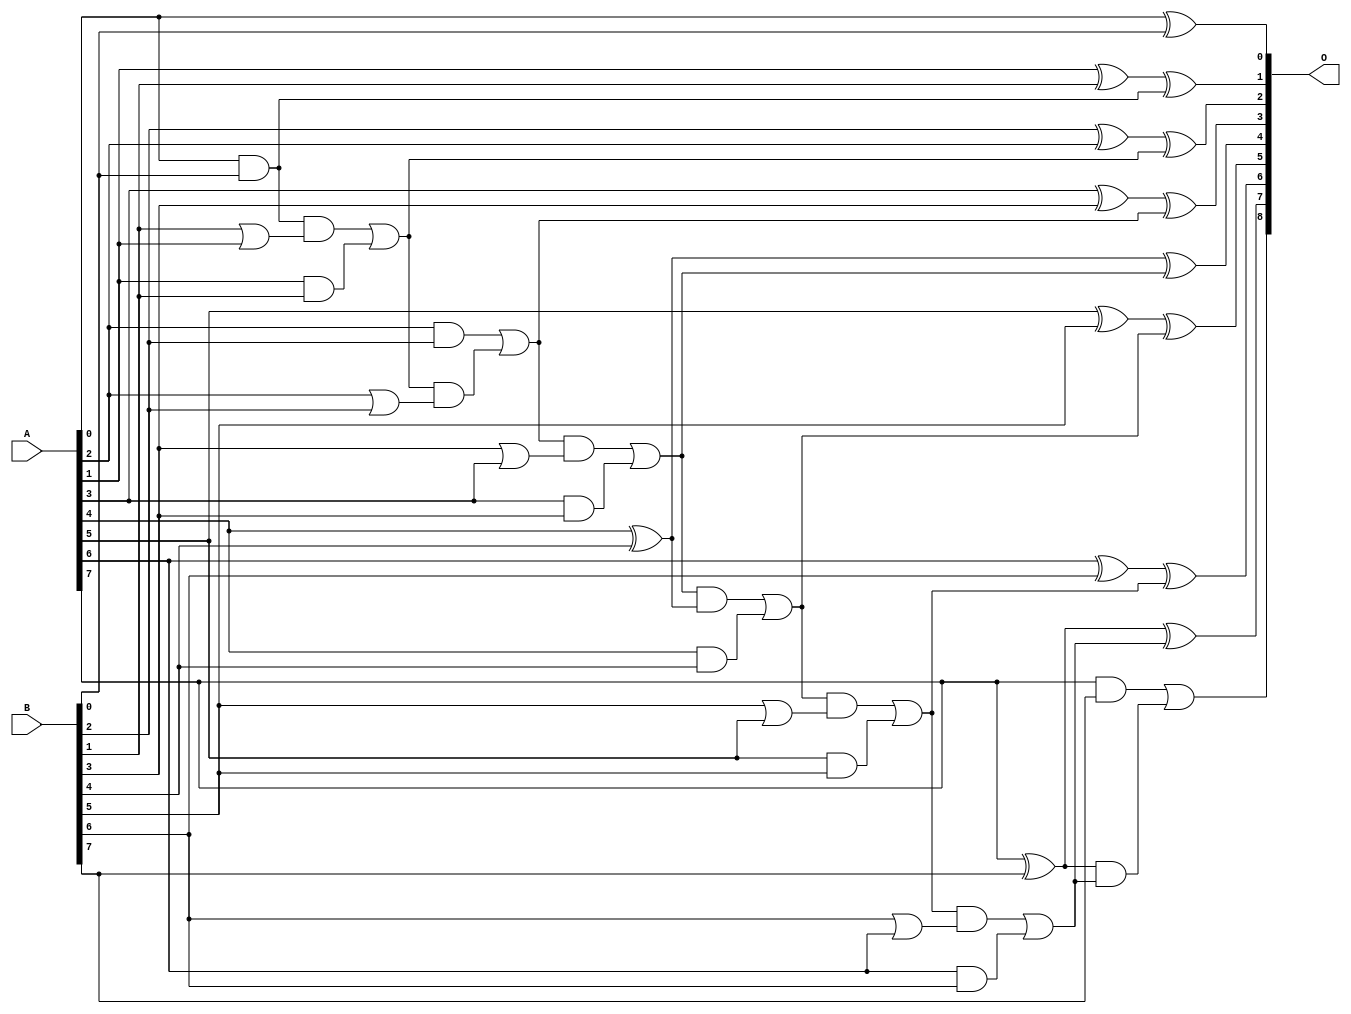
/***
* This code is a part of EvoApproxLib library (ehw.fit.vutbr.cz/approxlib) distributed under The MIT License.
* When used, please cite the following article(s): V. Mrazek, Z. Vasicek and R. Hrbacek, "Role of circuit representation in evolutionary design of energy-efficient approximate circuits" in IET Computers & Digital Techniques, vol. 12, no. 4, pp. 139-149, 7 2018. doi: 10.1049/iet-cdt.2017.0188 
* This file contains a circuit from a sub-set of pareto optimal circuits with respect to the pwr and ep parameters
***/
// MAE% = 0.00 %
// MAE = 0 
// WCE% = 0.00 %
// WCE = 0 
// WCRE% = 0.00 %
// EP% = 0.00 %
// MRE% = 0.00 %
// MSE = 0 
// PDK45_PWR = 0.033 mW
// PDK45_AREA = 70.4 um2
// PDK45_DELAY = 0.63 ns

module add8u_0FP(A, B, O);
  input [7:0] A, B;
  output [8:0] O;
  wire n_198, n_36, n_189, n_195, n_42, n_192, n_23, n_21, n_20, n_27;
  wire n_40, n_24, n_48, n_147, n_66, n_60, n_201, n_108, n_129, n_39;
  wire n_207, n_204, n_120, n_8, n_9, n_4, n_5, n_6, n_7, n_0;
  wire n_1, n_2, n_3, n_33, n_34, n_18, n_19, n_16, n_17, n_14;
  wire n_15, n_12, n_13, n_10, n_11, n_114, n_45, n_78, n_93, n_111;
  wire n_150, n_75, n_51, n_57, n_54, n_46, n_213, n_210, n_132;
  assign n_0 = A[0];
  assign n_1 = A[1];
  assign n_2 = A[2];
  assign n_3 = A[3];
  assign n_4 = A[4];
  assign n_5 = A[5];
  assign n_6 = A[6];
  assign n_7 = A[7];
  assign n_8 = B[0];
  assign n_9 = B[1];
  assign n_10 = B[2];
  assign n_11 = B[3];
  assign n_12 = B[4];
  assign n_13 = B[5];
  assign n_14 = B[6];
  assign n_15 = B[7];
  assign n_16 = n_2 | n_10;
  assign n_17 = n_9 | n_1;
  assign n_18 = n_0 & n_8;
  assign n_19 = n_13 | n_5;
  assign n_20 = n_2 & n_10;
  assign n_21 = n_1 ^ n_9;
  assign n_23 = n_18 & n_17;
  assign n_24 = n_1 & n_9;
  assign n_27 = n_10 ^ n_2;
  assign n_33 = n_3 ^ n_11;
  assign n_34 = n_14 | n_6;
  assign n_36 = n_3 & n_11;
  assign n_39 = n_4 ^ n_12;
  assign n_40 = n_11 | n_3;
  assign n_42 = n_4 & n_12;
  assign n_45 = n_5 ^ n_13;
  assign n_46 = n_0 ^ n_8;
  assign n_48 = n_5 & n_13;
  assign n_51 = n_6 ^ n_14;
  assign n_54 = n_6 & n_14;
  assign n_57 = n_7 ^ n_15;
  assign n_60 = n_7 & n_15;
  assign n_66 = n_23 | n_24;
  assign n_75 = n_66 & n_16;
  assign n_78 = n_20 | n_75;
  assign n_93 = n_78 & n_40;
  assign n_108 = n_93 | n_36;
  assign n_111 = n_108 & n_39;
  assign n_114 = ~(n_111 | n_42);
  assign n_120 = ~n_114;
  assign n_129 = n_120 & n_19;
  assign n_132 = n_129 | n_48;
  assign n_147 = n_132 & n_34;
  assign n_150 = n_147 | n_54;
  assign n_189 = n_21 ^ n_18;
  assign n_192 = n_27 ^ n_66;
  assign n_195 = n_33 ^ n_78;
  assign n_198 = n_39 ^ n_108;
  assign n_201 = n_45 ^ n_120;
  assign n_204 = n_51 ^ n_132;
  assign n_207 = n_57 ^ n_150;
  assign n_210 = n_57 & n_150;
  assign n_213 = n_60 | n_210;
  assign O[0] = n_46;
  assign O[1] = n_189;
  assign O[2] = n_192;
  assign O[3] = n_195;
  assign O[4] = n_198;
  assign O[5] = n_201;
  assign O[6] = n_204;
  assign O[7] = n_207;
  assign O[8] = n_213;
endmodule